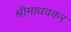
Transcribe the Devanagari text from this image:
श्रीमाधवकर